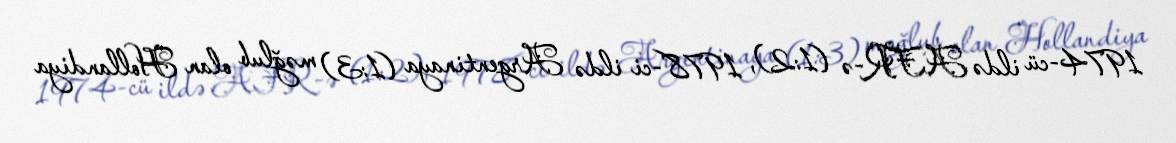
1974-cü ildə AFR-ə (1:2), 1978-ci ildə Argentinaya (1:3) məğlub olan Hollandiya